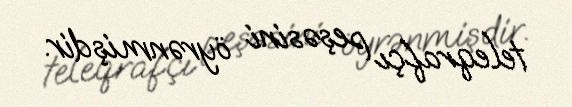
teleqrafçı peşəsini öyrənmişdir.